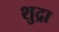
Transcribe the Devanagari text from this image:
शुद्रा